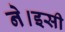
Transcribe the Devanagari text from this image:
ने।इसी